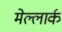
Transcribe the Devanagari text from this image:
मेल्लार्क